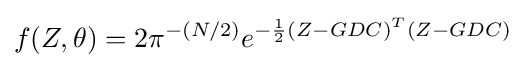
f(Z,\theta )=2\pi ^{-(N/2)}e^{-{\frac {1}{2}}(Z-GDC)^{T}(Z-GDC)}